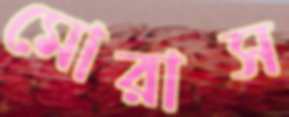
মোরাস